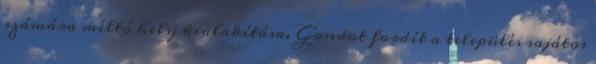
számára méltó hely kialakítása. Gondot fordít a település sajátos